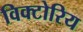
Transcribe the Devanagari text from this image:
विक्टोरिय